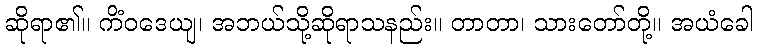
ဆိုရာ၏။ ကိံဝဒေယျ၊ အဘယ်သို့ဆိုရာသနည်း။ တာတာ၊ သားတော်တို့။ အယံခေါ